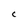
Character: C